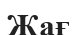
Жағ